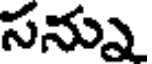
సన్ను